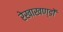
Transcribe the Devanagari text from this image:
रेखाखण्डों